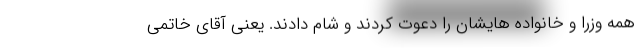
همه وزرا و خانواده هایشان را دعوت کردند و شام دادند. یعنی آقای خاتمی